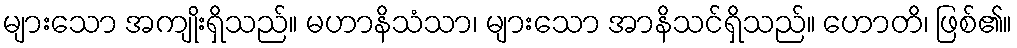
များသော အကျိုးရှိသည်။ မဟာနိသံသာ၊ များသော အာနိသင်ရှိသည်။ ဟောတိ၊ ဖြစ်၏။